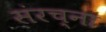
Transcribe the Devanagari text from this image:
संरच्ना